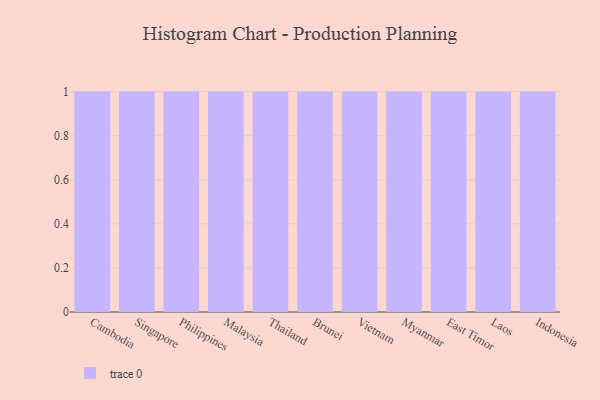
{"axis": {"x": "Country", "y": "Demand Index"}, "legend": [""], "data": [{"x": "Cambodia", "y": 64, "type": ""}, {"x": "Singapore", "y": 28, "type": ""}, {"x": "Philippines", "y": 24, "type": ""}, {"x": "Malaysia", "y": 82, "type": ""}, {"x": "Thailand", "y": 35, "type": ""}, {"x": "Brunei", "y": 71, "type": ""}, {"x": "Vietnam", "y": 100, "type": ""}, {"x": "Myanmar", "y": 77, "type": ""}, {"x": "East Timor", "y": 20, "type": ""}, {"x": "Laos", "y": 11, "type": ""}, {"x": "Indonesia", "y": 59, "type": ""}]}